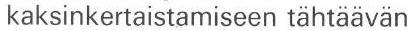
kaksinkertaistamiseen tähtäävän